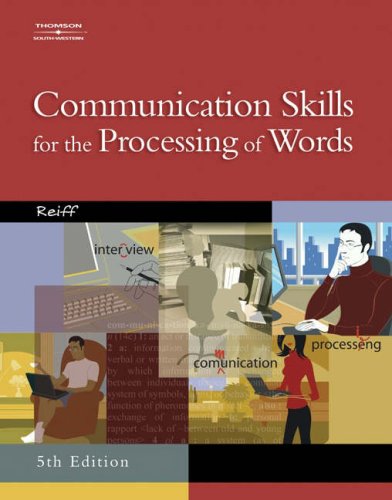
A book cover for Communication Skills for the Processing of Words; Rosanne, Ph.D. Reiff; Business & Money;